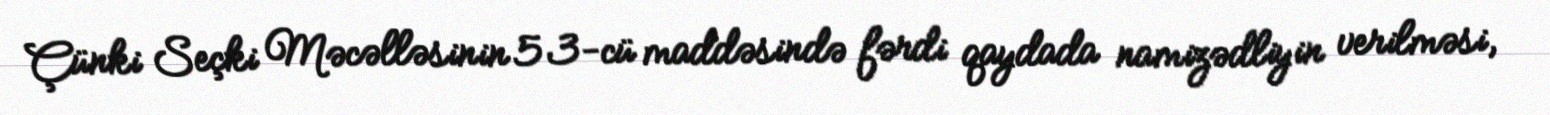
Çünki Seçki Məcəlləsinin 53-cü maddəsində fərdi qaydada namizədliyin verilməsi,